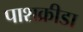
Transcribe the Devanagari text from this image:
पाशक्रीडा